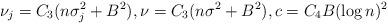
LaTeX: \begin{align*}\nu_{j} = C_3(n\sigma^2_{j}+B^2), \nu = C_3(n\sigma^2+B^2), c = C_4B(\log n)^2\end{align*}